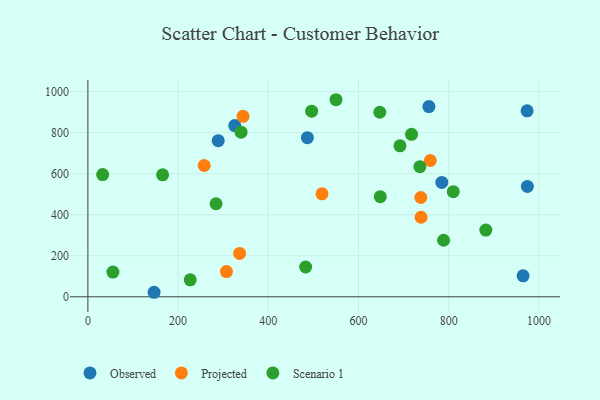
{"axis": {"x": "Speed", "y": "Exam Score"}, "legend": ["Observed", "Projected", "Scenario 1"], "data": [{"x": "973.8", "y": 906.3, "type": "Observed"}, {"x": "974.4", "y": 538.2, "type": "Observed"}, {"x": "325.6", "y": 834.8, "type": "Observed"}, {"x": "784.7", "y": 557.4, "type": "Observed"}, {"x": "964.9", "y": 102.1, "type": "Observed"}, {"x": "289.0", "y": 760.8, "type": "Observed"}, {"x": "146.8", "y": 22.0, "type": "Observed"}, {"x": "486.7", "y": 775.7, "type": "Observed"}, {"x": "756.1", "y": 927.3, "type": "Observed"}, {"x": "759.2", "y": 664.3, "type": "Projected"}, {"x": "336.4", "y": 211.3, "type": "Projected"}, {"x": "519.1", "y": 502.1, "type": "Projected"}, {"x": "344.0", "y": 879.5, "type": "Projected"}, {"x": "307.3", "y": 122.9, "type": "Projected"}, {"x": "738.7", "y": 387.6, "type": "Projected"}, {"x": "257.9", "y": 640.0, "type": "Projected"}, {"x": "738.1", "y": 483.9, "type": "Projected"}, {"x": "691.9", "y": 735.7, "type": "Scenario 1"}, {"x": "226.9", "y": 82.9, "type": "Scenario 1"}, {"x": "284.2", "y": 453.6, "type": "Scenario 1"}, {"x": "339.6", "y": 802.3, "type": "Scenario 1"}, {"x": "882.3", "y": 325.2, "type": "Scenario 1"}, {"x": "717.6", "y": 791.8, "type": "Scenario 1"}, {"x": "496.1", "y": 905.0, "type": "Scenario 1"}, {"x": "482.8", "y": 145.2, "type": "Scenario 1"}, {"x": "810.1", "y": 512.4, "type": "Scenario 1"}, {"x": "550.1", "y": 960.6, "type": "Scenario 1"}, {"x": "55.5", "y": 120.5, "type": "Scenario 1"}, {"x": "32.7", "y": 595.5, "type": "Scenario 1"}, {"x": "648.3", "y": 487.8, "type": "Scenario 1"}, {"x": "788.6", "y": 275.6, "type": "Scenario 1"}, {"x": "647.2", "y": 899.6, "type": "Scenario 1"}, {"x": "165.7", "y": 594.6, "type": "Scenario 1"}, {"x": "736.1", "y": 634.3, "type": "Scenario 1"}]}